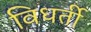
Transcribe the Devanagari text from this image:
विधर्ती